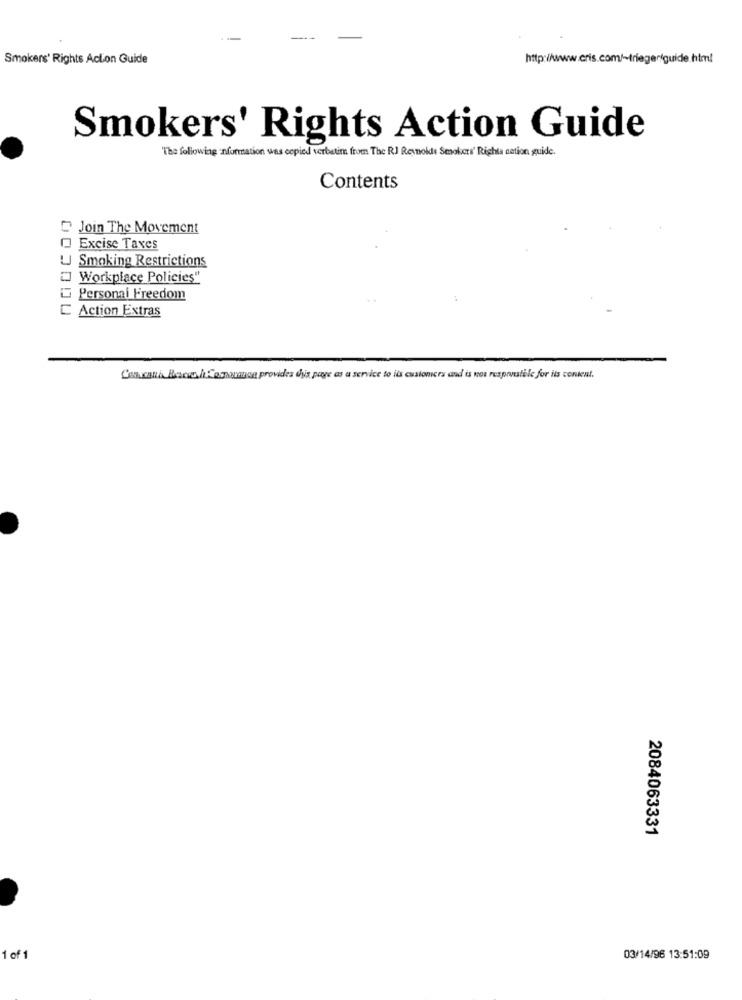
Smokers' Rights Acton Guide
http://www.cris.com/~triegeriguide.html
Smokers' Rights Action Guide
The folowing Information was copied verbatim from The RJ Reynolds Smokers' Rights nation guide .
Contents
Join The Movement
Excise Taxes
UJ Smoking Restrictions
Workplace Policies"
Personal Freedom
C Action Extras
Consand Bacon hCoparanon provides the page as a service to its customers and is not responsible for its content.
2084063331
1 of 1
03/14/96 13:51:09